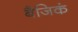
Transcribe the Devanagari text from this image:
बैजिकं